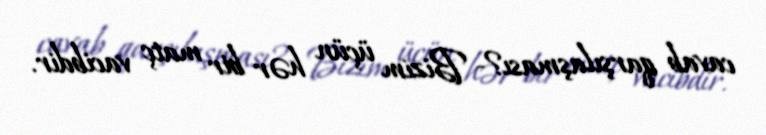
cavab qarşılaşması?- Bizim üçün hər bir matç vacibdir.